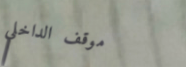
موقف الداخلي